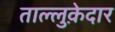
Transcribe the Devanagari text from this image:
ताल्लुक़ेदार